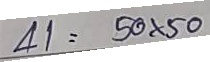
41 =  = 50 x 50